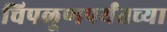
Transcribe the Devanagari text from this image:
चिपळूणपर्यंतच्या